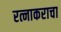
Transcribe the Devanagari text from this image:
रत्नाकराचा